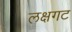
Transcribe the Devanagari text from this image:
लक्षगट